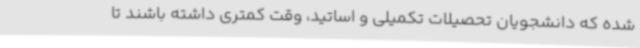
شده که دانشجویان تحصیلات تکمیلی و اساتید، وقت کمتری داشته باشند تا